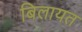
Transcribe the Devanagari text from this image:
बिलायत